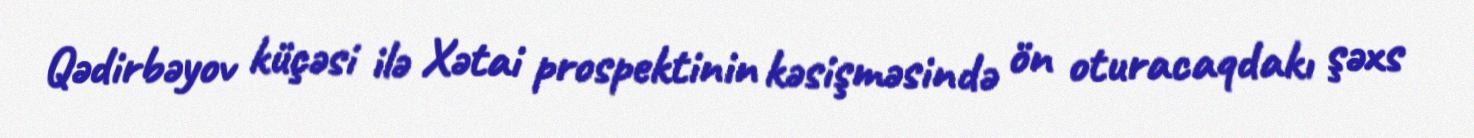
Qədirbəyov küçəsi ilə Xətai prospektinin kəsişməsində ön oturacaqdakı şəxs